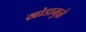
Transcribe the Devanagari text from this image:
खोडामुळे